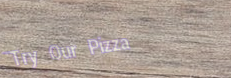
Try Our Pizza